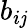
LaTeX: b_{i\mathit{j}}